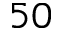
5 0